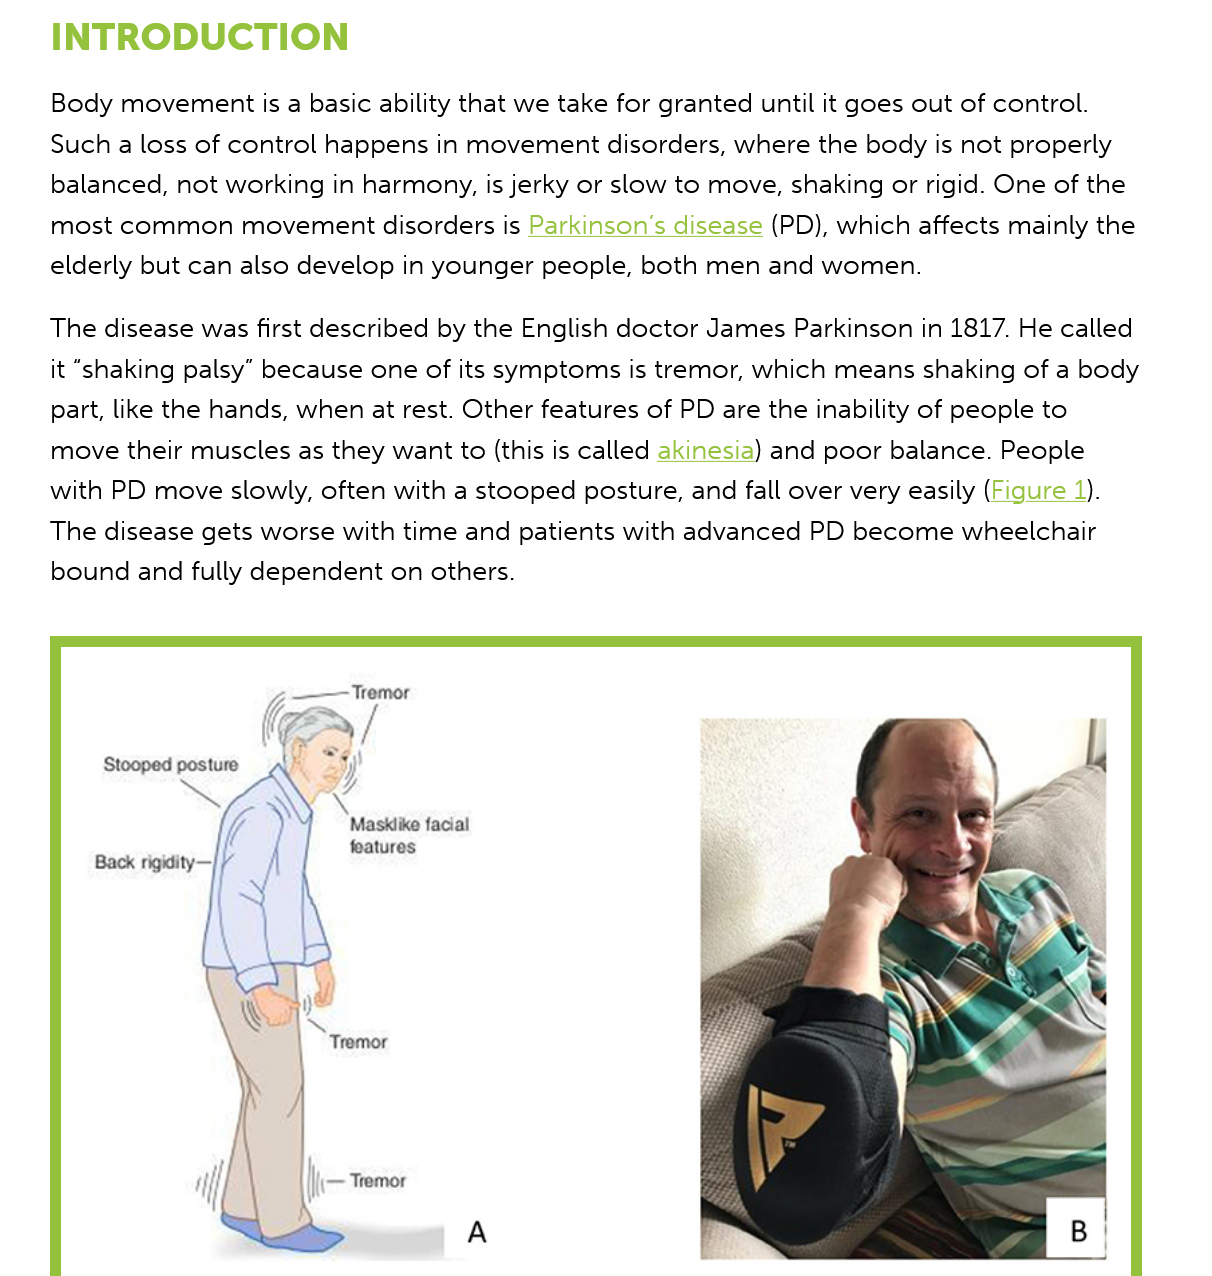
INTRODUCTION
    Body movement is a basic ability that we take for granted until it goes out of control.
    Such a loss of control happens in movement disorders, where the body is not properly
    balanced, not working in harmony, is jerky or slow to move, shaking or rigid. One of the
    most common  movement disorders is Parkinson's disease (PD), which affects mainly the
    elderly but can also develop in younger people, both men and women.
    The disease was first described by the English doctor James Parkinson in 1817. He called
    it “shaking palsy” because one of its symptoms is tremor, which means shaking of a body
    part, like the hands, when at rest. Other features of PD are the inability of people to
    move their muscles as they want to (this is called akinesia) and poor balance. People
    with PD move slowly, often with a stooped posture, and fall over very easily (Figure 1).
    The disease gets worse with time and patients with advanced PD become wheelchair
    bound and fully dependent on others.
     Tremor
     Stooped posture
     Masklike facial
     features
     Tremor